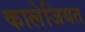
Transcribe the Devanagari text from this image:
कालेजियत